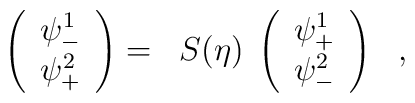
\left(\begin{array}{l}\psi_-^1\cr\psi_+^2\cr\end{array}\right)=\;\;S (\eta)\; \left(\begin{array}{l}\psi_+^1\cr\psi_-^2\cr\end{array}\right) \ \ ,